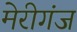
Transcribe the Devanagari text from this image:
मेरीगंज